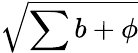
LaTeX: \sqrt{\sum b+\phi}